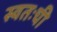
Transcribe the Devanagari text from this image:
स्वतःची